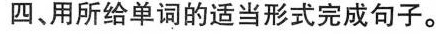
四、用所给单词的适当形式完成句子。